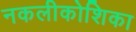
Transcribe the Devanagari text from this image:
नकलीकोशिका